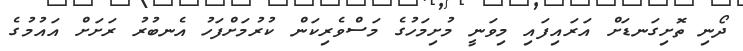
ދޯނި ތޮށިގަނޑަށް އަރައިފައި މިވަނީ މުށިމަހުގެ މަސްވެރިކަން ކުރުމަށްފަހު އެނބުރު ރަށަށް އައުމުގެ